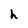
Character: h